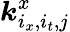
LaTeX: \boldsymbol{\mathit{k}}_{i_{x},i_{t},j}^{x}